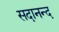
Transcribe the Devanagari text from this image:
सदानन्‍द